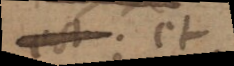
est, et